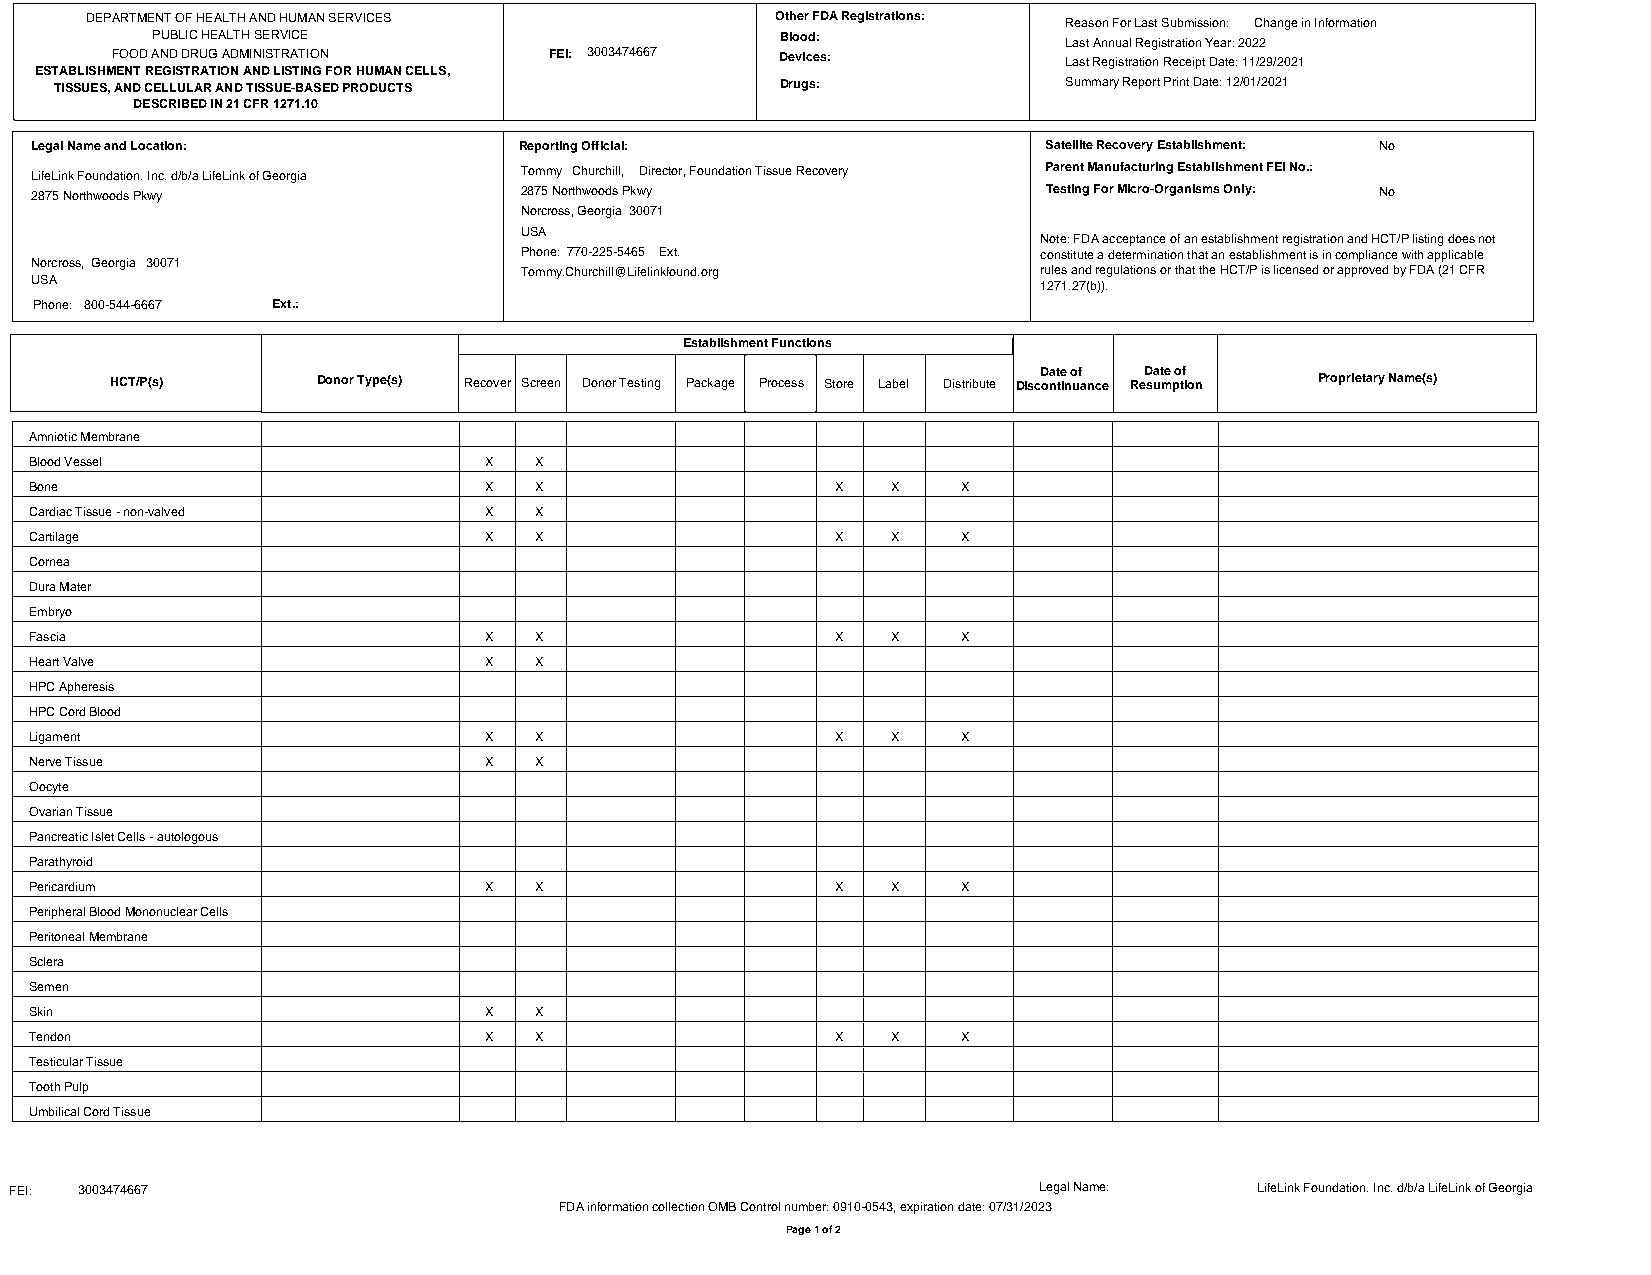
DEPARTMENT OF HEALTH AND HUMAN SERVICES      Other FDA Registrations: Reason For Last Submission: Change in Information
 PUBLIC HEALTH SERVICE                     Blood:            Last Annual Registration Year: 2022
 FOOD AND DRUG ADMINISTRATION FEI: 3003474667 Devices:          Last Registration Receipt Date: 11/29/2021
 ESTABLISHMENT REGISTRATION AND LISTING FOR HUMAN CELLS,
 TISSUES, AND CELLULAR AND TISSUE-BASED PRODUCTS Drugs:            Summary Report Print Date: 12/01/2021
 DESCRIBED IN 21 CFR 1271.10
 Legal Name and Location:        Reporting Official:                Satellite Recovery Establishment: No
 LifeLink Foundation. Inc. d/b/a LifeLink of Georgia Tommy Churchill, Director, Foundation Tissue Recovery Parent Manufacturing Establishment FEI No.:
 2875 Northwoods Pkwy            2875 Northwoods Pkwy               Testing For Micro-Organisms Only: No
 Norcross, Georgia 30071
 USA
 Note: FDA acceptance of an establishment registration and HCT/P listing does not
 Phone: 770-225-5465 Ext.           constitute a determination that an establishment is in compliance with applicable
 Norcross, Georgia 30071
 Tommy.Churchill@Lifelinkfound.org  rules and regulations or that the HCT/P is licensed or approved by FDA (21 CFR
 USA                                                                1271.27(b)).
 Phone: 800-544-6667 Ext.:
 Establishment Functions
 Date of Date of
 HCT/P(s)      Donor Type(s) Recover Screen Donor Testing Package Process Store Label Distribute Discontinuance Resumption Proprietary Name(s)
 Amniotic Membrane
 Blood Vessel                  X  X
 Bone                          X  X                   X   X    X
 Cardiac Tissue - non-valved   X  X
 Cartilage                     X  X                   X   X    X
 Cornea
 Dura Mater
 Embryo
 Fascia                        X  X                   X   X    X
 Heart Valve                   X  X
 HPC Apheresis
 HPC Cord Blood
 Ligament                      X  X                   X   X    X
 Nerve Tissue                  X  X
 Oocyte
 Ovarian Tissue
 Pancreatic Islet Cells - autologous
 Parathyroid
 Pericardium                   X  X                   X   X    X
 Peripheral Blood Mononuclear Cells
 Peritoneal Membrane
 Sclera
 Semen
 Skin                          X  X
 Tendon                        X  X                   X   X    X
 Testicular Tissue
 Tooth Pulp
 Umbilical Cord Tissue
 FEI: 3003474667                                                     Legal Name:   LifeLink Foundation. Inc. d/b/a LifeLink of Georgia
 FDA information collection OMB Control number: 0910-0543, expiration date: 07/31/2023
 Page 1 of 2